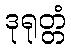
ဒုရုတ္တံ